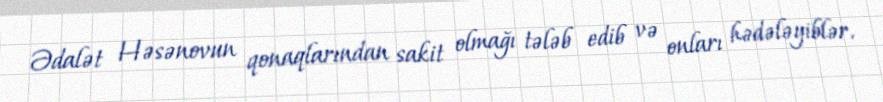
Ədalət Həsənovun qonaqlarından sakit olmağı tələb edib və onları hədələyiblər.